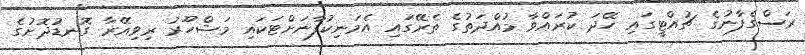
ރަސްގެފާނުގެ ޗުއްޓީގައި ހޭދަ ކުރައްވާ މުއްދަތުގެ ތެރޭގައި އެމަނިކުފާނަށްޓަކައި މަޝްހޫރު ރިވިއޭރާ ގޮނޑުދޮށުގެ